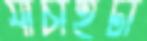
যাচাইটা